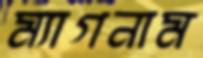
ম্যাগনাম